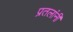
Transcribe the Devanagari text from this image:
प्रतलांनी